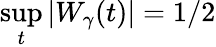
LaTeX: \operatorname*{sup}_{t}|W_{\gamma}(t)|=1/2